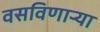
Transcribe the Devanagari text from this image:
वसविणार्‍या